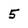
Character: 5